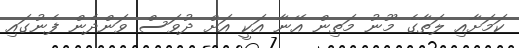
ކަމަށާއި ލަތާގެ މޫނު މަތިން އޭނާ އަކީ އަށް ދުވަސް ވަންދެން ފެނުގައި